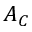
A _ { C }